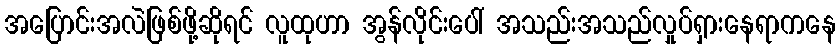
အပြောင်းအလဲဖြစ်ဖို့ဆိုရင် လူထုဟာ အွန်လိုင်းပေါ် အသည်းအသည်လှုပ်ရှားနေရာကနေ